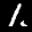
Label: 1